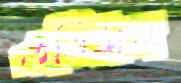
এডিসন